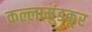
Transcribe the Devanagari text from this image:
कल्लामुंडकूर